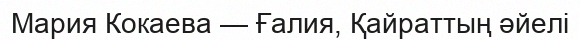
Мария Кокаева — Ғалия, Қайраттың әйелі